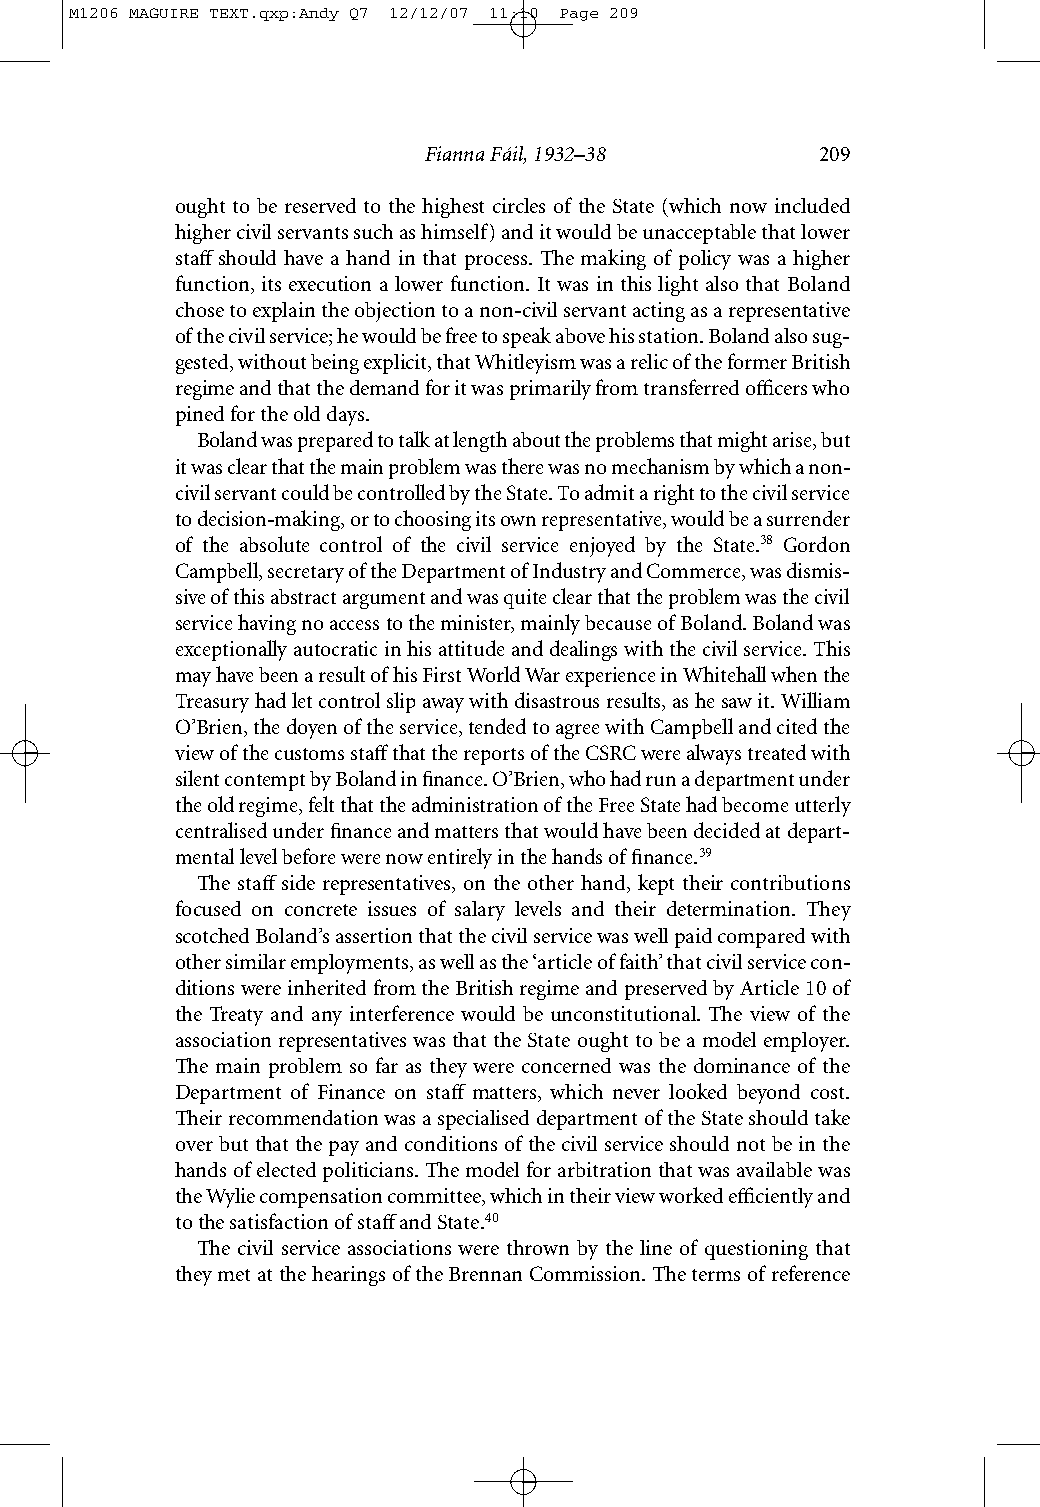
M1206 MAGUIRE TEXT.qxp:Andy Q7 12/12/07 11:10 Page 209
 Fianna Fáil, 1932–38      209
 ought to be reserved to the highest circles of the State (which now included
 higher civil servants such as himself) and it would be unacceptable that lower
 staff should have a hand in that process. The making of policy was a higher
 function, its execution a lower function. It was in this light also that Boland
 chose to explain the objection to a non-civil servant acting as a representative
 of the civil service; he would be free to speak above his station. Boland also sug-
 gested, without being explicit, that Whitleyism was a relic of the former British
 regime and that the demand for it was primarily from transferred officers who
 pined for the old days.
 Boland was prepared to talk at length about the problems that might arise, but
 it was clear that the main problem was there was no mechanism by which a non-
 civil servant could be controlled by the State. To admit a right to the civil service
 to decision-making, or to choosing its own representative, would be a surrender
 of the absolute control of the civil service enjoyed by the State.38 Gordon
 Campbell, secretary of the Department of Industry and Commerce, was dismis-
 sive of this abstract argument and was quite clear that the problem was the civil
 service having no access to the minister, mainly because of Boland. Boland was
 exceptionally autocratic in his attitude and dealings with the civil service. This
 may have been a result of his First World War experience in Whitehall when the
 Treasury had let control slip away with disastrous results, as he saw it. William
 O’Brien, the doyen of the service, tended to agree with Campbell and cited the
 view of the customs staffthat the reports of the CSRC were always treated with
 silent contempt by Boland in finance. O’Brien, who had run a department under
 the old regime, felt that the administration of the Free State had become utterly
 centralised under finance and matters that would have been decided at depart-
 mental level before were now entirely in the hands of finance.39
 The staff side representatives, on the other hand, kept their contributions
 focused on concrete issues of salary levels and their determination. They
 scotched Boland’s assertion that the civil service was well paid compared with
 other similar employments, as well as the ‘article of faith’ that civil service con-
 ditions were inherited from the British regime and preserved by Article 10 of
 the Treaty and any interference would be unconstitutional. The view of the
 association representatives was that the State ought to be a model employer.
 The main problem so far as they were concerned was the dominance of the
 Department of Finance on staff matters, which never looked beyond cost.
 Their recommendation was a specialised department of the State should take
 over but that the pay and conditions of the civil service should not be in the
 hands of elected politicians. The model for arbitration that was available was
 the Wylie compensation committee, which in their view worked efficiently and
 to the satisfaction of staffand State.40
 The civil service associations were thrown by the line of questioning that
 they met at the hearings of the Brennan Commission. The terms of reference